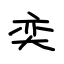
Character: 奕